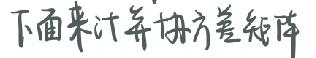
下面来计算协方差矩阵